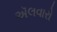
ઍલવારો